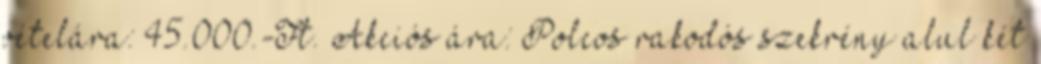
vételára: 45.000.-Ft. Akciós ára: Polcos rakodós szekrény alul két